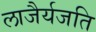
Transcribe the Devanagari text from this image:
लाजैर्यजति